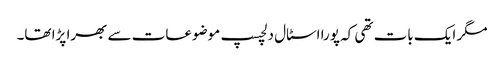
مگر ایک بات تھی کہ پورا اسٹال دلچسپ موضوعات سے بھرا پڑا تھا۔